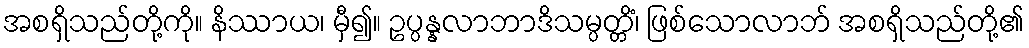
အစရှိသည်တို့ကို။ နိဿာယ၊ မှီ၍။ ဥပ္ပန္နလာဘာဒိသမ္ပတ္တိံ၊ ဖြစ်သောလာဘ် အစရှိသည်တို့၏